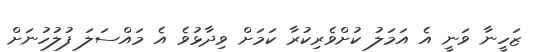
ޒަހީނާ ވަނީ އެ އަމަލު ކުށްވެރިކުރާ ކަމަށް ވިދާޅުވެ އެ މައްސަލަ ފުލުހުނަށް